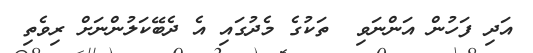
އަދި ފަހުން އަންނަވި  ތަކުގެ މެދުގައި އެ ދެބޭކަލުންނަށް ރިވެތި